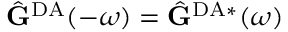
\hat { \mathbf { G } } ^ { \mathrm { D A } } ( - \omega ) = \hat { \mathbf { G } } ^ { \mathrm { D A } * } ( \omega )